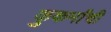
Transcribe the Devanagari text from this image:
कुकर्मांची